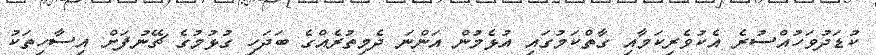
ކުޑަދުވަހުއްސުރެ އެކުވެރިކަމާއި ގާތްކަމުގައި އުޅެމުން އަންނަ ދެމިތުރެއްގެ ބަދަހި ގުޅުމުގެ ޗޭނުފަށް އިސާހިތަކު